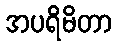
အပရိမိတာ